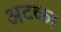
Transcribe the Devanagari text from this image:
अटक।